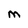
Character: M